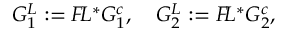
G _ { 1 } ^ { L } : = { \cal F } \! L ^ { * } G _ { 1 } ^ { c } , \quad G _ { 2 } ^ { L } : = { \cal F } \! L ^ { * } G _ { 2 } ^ { c } ,